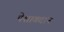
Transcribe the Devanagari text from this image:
पेशाबदान